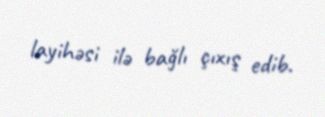
layihəsi ilə bağlı çıxış edib.